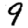
Digit: 9